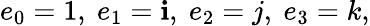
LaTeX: e_{0}=1,\ e_{1}=\mathbf{i},\ e_{2}=j,\ e_{3}=k,